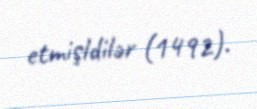
etmişldilər (1492).